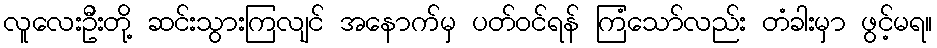
လူလေးဦးတို့ ဆင်းသွားကြလျင် အနောက်မှ ပတ်ဝင်ရန် ကြံသော်လည်း တံခါးမှာ ဖွင့်မရ။